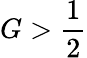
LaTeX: G>\frac{1}{2}